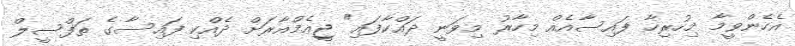
އެހެންވީމާ މިހުރިހާ ފައިސާއެއް މިހާރު މިވަނީ ދައްކާފައި" ޖީއެމްއާރަށް ދެއްކި ފައިސާގެ ތަފްސީލް